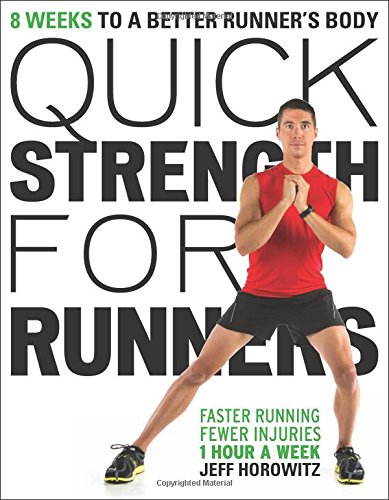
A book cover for Quick Strength for Runners: 8 Weeks to a Better Runner's Body; Jeff Horowitz; Health, Fitness & Dieting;